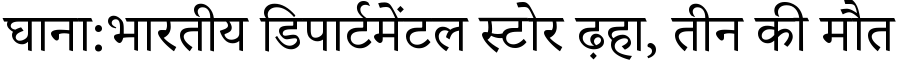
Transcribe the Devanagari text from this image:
घाना:भारतीय डिपार्टमेंटल स्टोर ढ़हा, तीन की मौत